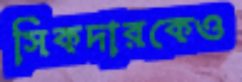
সিকদারকেও